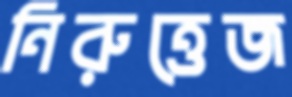
নিরুত্তেজ